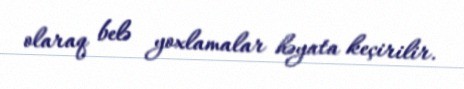
olaraq belə yoxlamalar həyata keçirilir.